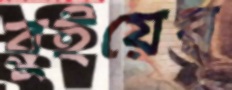
রুইয়ের